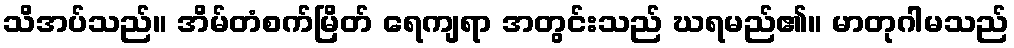
သိအပ်သည်။ အိမ်တံစက်မြိတ် ရေကျရာ အတွင်းသည် ဃရမည်၏။ မာတုဂါမသည်